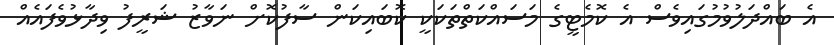
އެ ބައްދަލުވުމުގައިވެސް އެ ކޮމެޓީގެ މަސައްކަތްތަކަކީ ކޮބައިކަން ސާފުކޮށް ނަވާޒު ޝަރީފު ވިދާޅުވެފައެއް